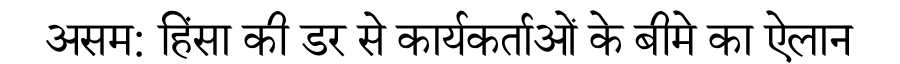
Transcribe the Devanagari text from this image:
असम: हिंसा की डर से कार्यकर्ताओं के बीमे का ऐलान